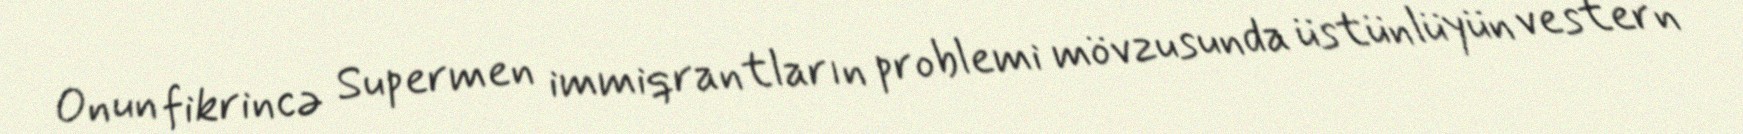
Onun fikrincə Supermen immiqrantların problemi mövzusunda üstünlüyün vestern